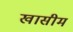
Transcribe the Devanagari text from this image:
खासीम